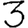
Digit: 3